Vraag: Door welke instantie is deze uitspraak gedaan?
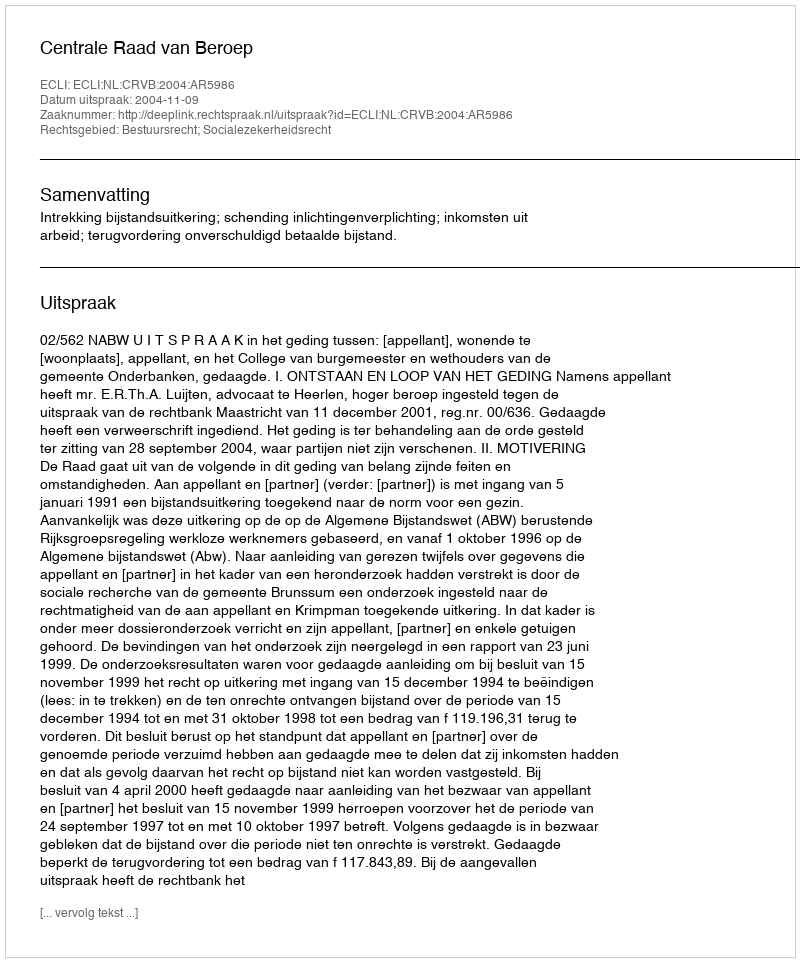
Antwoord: Centrale Raad van Beroep